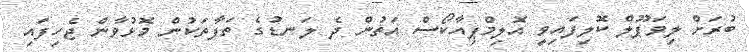
ބުރަށް ލިވަޕޫލް ކޮލިފައިވީ އޮލިމްޕިއާކޯސް އަތުން ދެ ލަނޑުގެ ތަފާތަކުން މޮޅުވާން ޖެހިފައި